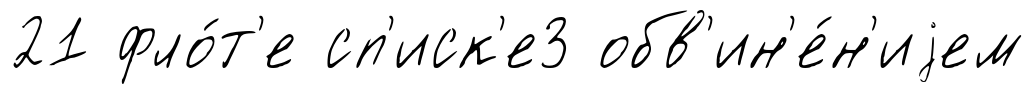
21 фло́т'е сп'иск'е3 обв'ин'е́н'иjем